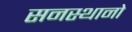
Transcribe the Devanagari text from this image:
सनस्थानो